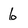
Character: 6